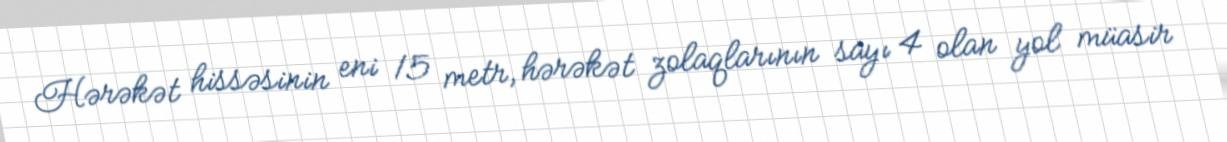
Hərəkət hissəsinin eni 15 metr, hərəkət zolaqlarının sayı 4 olan yol müasir